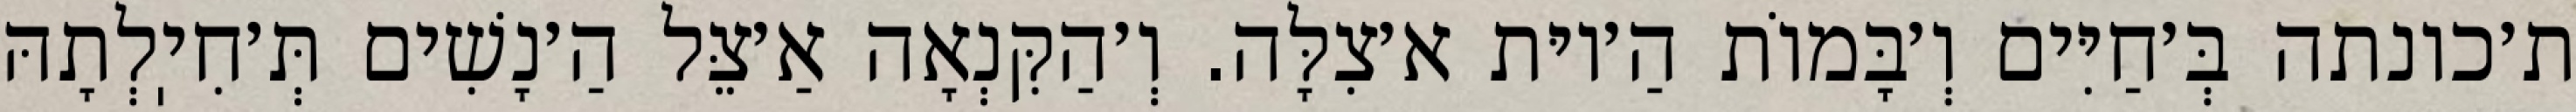
ת׳כונתה בְּ׳חַיִּים וְ׳בָּמוֹת הַ׳יוּת א׳צִלָּה. וְ׳הַקִּנְאָה אַ׳צֵּל הַ׳נָשִׁים תְּ׳חִיֽלְתָהּ